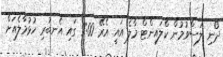
ދޯނި ލަސްވުމުން ކްލައިންޓް މާލެ އައީ އެރޭ 9:00 ގައި އެނބުރި ހުޅުމާލެއަށް